Vaccination North-Western Provinces 1866-1877 - 1866-1877
Year: 1866
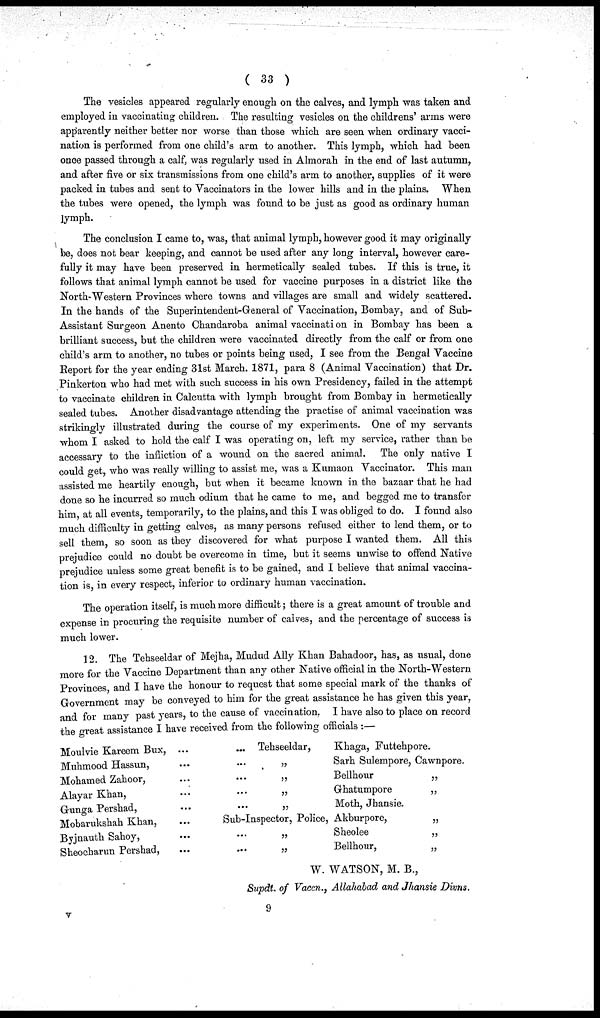
( 33 )
The vesicles appeared regularly enough on the calves, and lymph was taken and
employed in vaccinating children. The resulting vesicles on the childrens' arms were
apparently neither better nor worse than those which are seen when ordinary vacci-
nation is performed from one child's arm to another. This lymph, which had been
once passed through a calf, was regularly used in Almorah in the end of last autumn,
and after five or six transmissions from one child's arm to another, supplies of it were
packed in tubes and sent to Vaccinators in the lower hills and in the plains. When
the tubes were opened, the lymph was found to be just as good as ordinary human
lymph.
The conclusion I came to, was, that animal lymph, however good it may originally
be, does not bear keeping, and cannot be used after any long interval, however care-
fully it may have been preserved in hermetically sealed tubes. If this is true, it
follows that animal lymph cannot be used for vaccine purposes in a district like the
North-Western Provinces where towns and villages are small and widely scattered.
In the hands of the Superintendent-General of Vaccination, Bombay, and of Sub-
Assistant Surgeon Anento Chandaroba animal vaccination in Bombay has been a
brilliant success, but the children were vaccinated directly from the calf or from one
child's arm to another, no tubes or points being used, I see from the Bengal Vaccine
Report for the year ending 31st March. 1871, para 8 (Animal Vaccination) that Dr.
Pinkerton who had met with such success in his own Presidency, failed in the attempt
to vaccinate children in Calcutta with lymph brought from Bombay in hermetically
sealed tubes. Another disadvantage attending the practise of animal vaccination was
strikingly illustrated during the course of my experiments. One of my servants
whom I asked to hold the calf I was operating on, left my service, rather than be
accessary to the infliction of a wound on the sacred animal. The only native I
could get, who was really willing to assist me, was a Kumaon Vaccinator. This man
assisted me heartily enough, but when it became known in the bazaar that he had
done so he incurred so much odium that he came to me, and begged me to transfer
him, at all events, temporarily, to the plains, and this I was obliged to do. I found also
much difficulty in getting calves, as many persons refused either to lend them, or to
sell them, so soon as they discovered for what purpose I wanted them. All this
prejudice could no doubt be overcome in time, but it seems unwise to offend Native
prejudice unless some great benefit is to be gained, and I believe that animal vaccina-
tion is, in every respect, inferior to ordinary human vaccination.
The operation itself, is much more difficult; there is a great amount of trouble and
expense in procuring the requisite number of calves, and the percentage of success is
much lower.
12. The Tehseeldar of Mejha, Mudud Ally Khan Bahadoor, has, as usual, done
more for the Vaccine Department than any other Native official in the North-Western
Provinces and I have the honour to request that some special mark of the thanks of
Government may be conveyed to him for the great assistance he has given this year,
and for many past years, to the cause of vaccination. I have also to place on record
the great assistance I have received from the following officials :—
Moulvie Kareem Bux, ...
Muhmood Hassun, ...
Mohamed Zahoor, ...
Alayar Khan, ...
Gunga Pershad, ...
Mobarukshah Khan, ...
Byjnauth Sahoy, ...
Sheocharun Pershad, ...
... Tehseeldar,
... „
... „
... „
... „
Sub-Inspector, Police,
... „
... „
Khaga, Futtehpore.
Sarh Sulempore, Cawnpore.
Bellhour
„
Ghatumpore
„
Moth, Jhansie.
Akburpore,
„
Sheolee
„
Bellhour,
„
W. WATSON, M. B.,
Supdt. of Vaccn., Allahabad and Jhansie Divns.
9
v